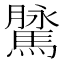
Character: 𩥔